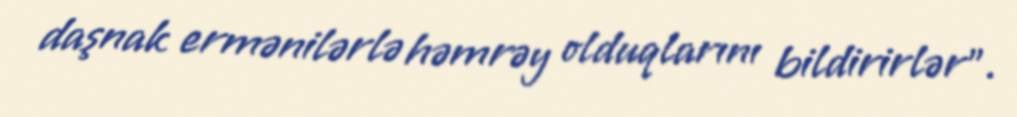
daşnak ermənilərlə həmrəy olduqlarını bildirirlər".